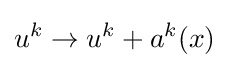
u^{k}\to u^{k}+a^{k}(x)